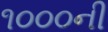
૧૦૦૦ની